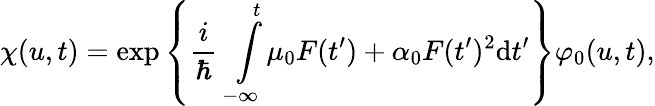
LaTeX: \chi(u,t)=\exp\left\{ \frac{i}{\hbar}\intop_{-\infty}^{t}\mu_{0}F(t^{\prime})+\alpha_{0}F(t^{\prime})^{2}\mathrm{d}t^{\prime}\right\} \varphi_{0}(u,t),